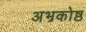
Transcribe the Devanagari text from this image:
अभ्रकोष्ठ